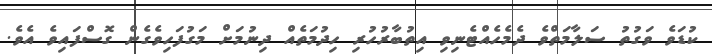
ކުޑަވެ ވަގުތު ސަލާމަތްވެ ދެމެހެއްޓެނިވި އިތުބާރުހުރި ހިދުމަތެއް ދިނުމަށް މަގުފަހިވެގެން ގޮސްފައިވެ އެވެ.